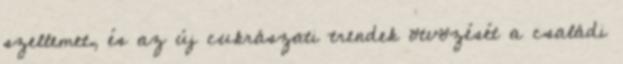
szellemet, és az új cukrászati trendek ötvözését a családi